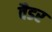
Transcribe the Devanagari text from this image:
वैडर